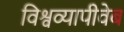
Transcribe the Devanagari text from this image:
विश्वव्यापीवेब